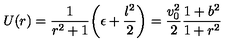
U ( r ) = { \frac { 1 } { r ^ { 2 } + 1 } } \biggl ( \epsilon + { \frac { l ^ { 2 } } { 2 } } \biggr ) = { \frac { v _ { 0 } ^ { 2 } } { 2 } } { \frac { 1 + b ^ { 2 } } { 1 + r ^ { 2 } } }